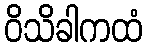
ဝိသိခါကထံ